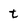
Character: t